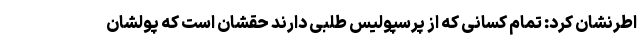
اطرنشان کرد: تمام کسانی که از پرسپولیس طلبی دارند حقشان است که پولشان